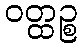
ဝတ္ထဉ္စ